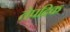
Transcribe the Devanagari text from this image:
तेपदिक